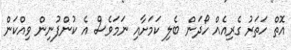
އޮތް ހަތަރު ގެރިއެއް ހޯދަން ބެލި ކަމަށާއި ނަމަވެސް އެ ކުންފުނިން ވިއްކަން